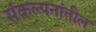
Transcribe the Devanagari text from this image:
संकल्पनांतील